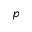
p